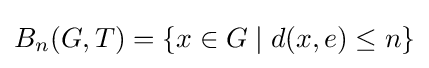
B_{n}(G,T)=\{x\in G\mid d(x,e)\leq n\}